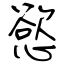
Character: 慾